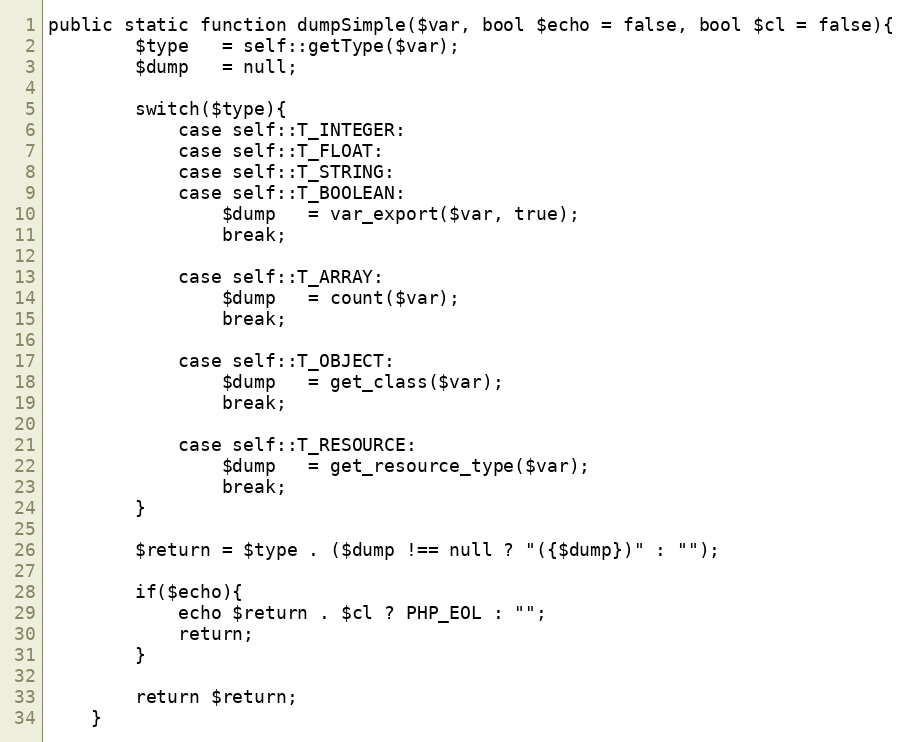
Language: PHP
public static function dumpSimple($var, bool $echo = false, bool $cl = false){
        $type   = self::getType($var);
        $dump   = null;

        switch($type){
            case self::T_INTEGER:
            case self::T_FLOAT:
            case self::T_STRING:
            case self::T_BOOLEAN:
                $dump   = var_export($var, true);
                break;

            case self::T_ARRAY:
                $dump   = count($var);
                break;

            case self::T_OBJECT:
                $dump   = get_class($var);
                break;

            case self::T_RESOURCE:
                $dump   = get_resource_type($var);
                break;
        }

        $return = $type . ($dump !== null ? "({$dump})" : "");

        if($echo){
            echo $return . $cl ? PHP_EOL : "";
            return;
        }

        return $return;
    }